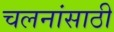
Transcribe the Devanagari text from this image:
चलनांसाठी